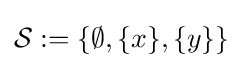
{\mathcal {S}}:=\{\emptyset ,\{x\},\{y\}\}